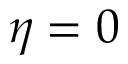
\eta = 0